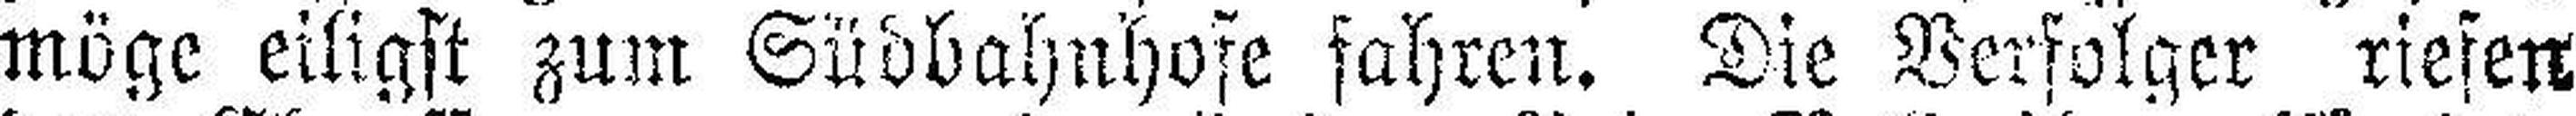
möge eiligst zum Südbahnhofe fahren. Die Verfolger riefen